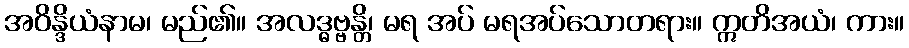
အဝိန္ဒိယံနာမ၊ မည်၏။ အလဒ္ဓဗ္ဗန္တိ၊ မရ အပ် မရအပ်သောတရား။ ဣတိအယံ၊ ကား။